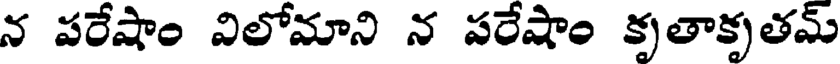
న పరేషాం విలోమాని న పరేషాం కృతాకృతమ్